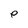
Character: e